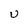
Character: U